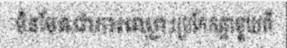
មិនមែនជាការឈ្លោះប្រកែកគ្នាមួយពី